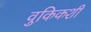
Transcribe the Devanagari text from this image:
वुकिकशी